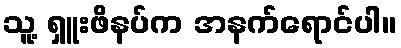
သူ့ ရှူးဖိနပ်က အနက်ရောင်ပါ။